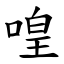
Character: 喤